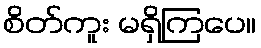
စိတ်ကူး မရှိကြပေ။